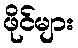
ဖိုင်များ